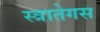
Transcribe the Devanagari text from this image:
स्त्रातेगस